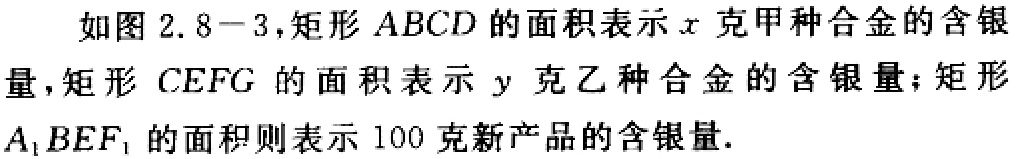
如图 2.8−3，矩形 \(ABCD\) 的面积表示 \(x\) 克甲种合金的含银量，矩形 \(CEFG\) 的面积表示 \(y\) 克乙种合金的含银量；矩形 \(A_{1}BEF_{1}\) 的面积则表示 100 克新产品的含银量.